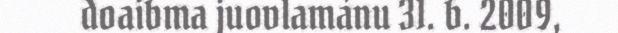
doaibma juovlamánu 31. b. 2009,